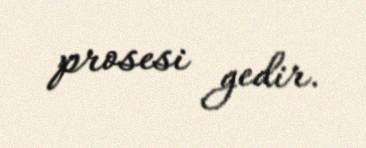
prosesi gedir.